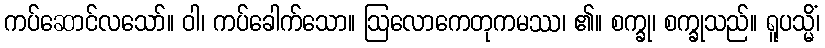
ကပ်ဆောင်လသော်။ ဝါ၊ ကပ်ခေါက်သော။ ဩလောကေတုကမဿ၊ ၏။ စက္ခု၊ စက္ခုသည်။ ရူပသ္မိံ၊